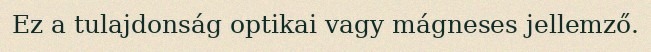
Ez a tulajdonság optikai vagy mágneses jellemző.